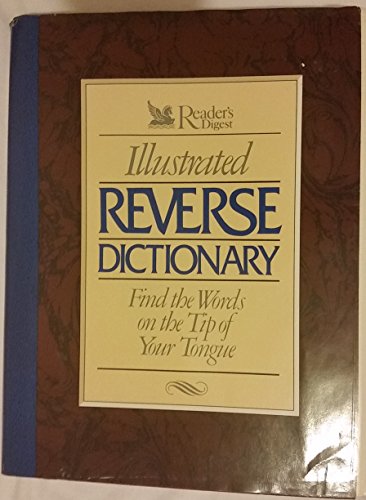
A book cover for Reader's Digest Illustrated Reverse Dictionary:  Find the Words at the Tip of Your Tongue; Editors of Reader's Digest; Reference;